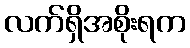
လက်ရှိအစိုးရက